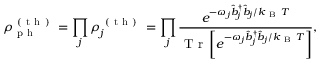
\rho _ { \mathrm { ~ p ~ h ~ } } ^ { \mathrm { ~ ( ~ t ~ h ~ ) ~ } } = \prod _ { j } \rho _ { j } ^ { \mathrm { ~ ( ~ t ~ h ~ ) ~ } } = \prod _ { j } \frac { e ^ { - \omega _ { j } \hat { b } _ { j } ^ { \dagger } \hat { b } _ { j } / k _ { \mathrm { ~ B ~ } } T } } { \mathrm { ~ T ~ r ~ } \left[ e ^ { - \omega _ { j } \hat { b } _ { j } ^ { \dagger } \hat { b } _ { j } / k _ { \mathrm { ~ B ~ } } T } \right] } ,